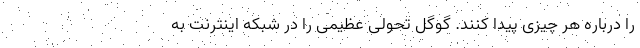
را درباره هر چیزی پیدا کنند. گوگل تحولی عظیمی را در شبکه اینترنت به